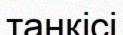
танкісі